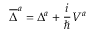
\overline { { { \Delta } } } ^ { a } = \Delta ^ { a } + \frac i \hbar V ^ { a }